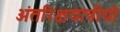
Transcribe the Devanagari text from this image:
अंतरिक्षयात्रीयो